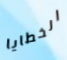
الخطايا